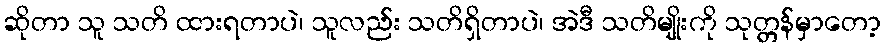
ဆိုတာ သူ သတိ ထားရတာပဲ၊ သူလည်း သတိရှိတာပဲ၊ အဲဒီ သတိမျိုးကို သုတ္တန်မှာတော့